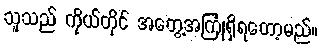
သူသည် ကိုယ်တိုင် အတွေ့အကြုံရှိရတော့မည်။